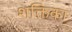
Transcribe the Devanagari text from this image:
शक्तिका